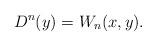
LaTeX: \begin{align*} D^n(y) = W_n(x,y).\end{align*}